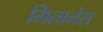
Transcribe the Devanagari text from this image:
गितानेस